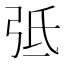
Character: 弤